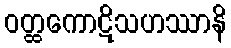
ဝတ္ထကောဋိသဟဿာနိ